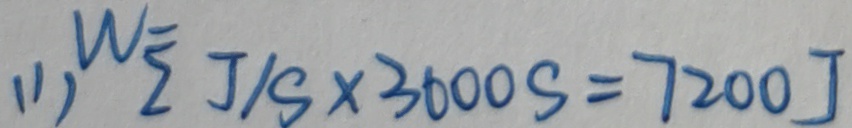
( 1 ) W _ { 2 } = J / s \times 3 0 0 0 S = 7 2 0 0 J